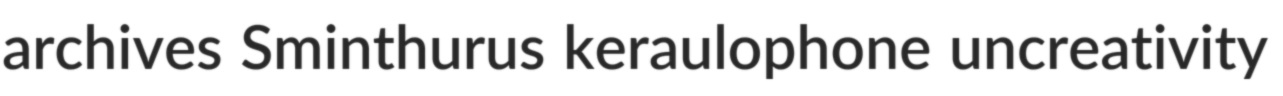
archives Sminthurus keraulophone uncreativity